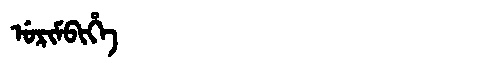
Manchu: ᡠᡵᡳᠮᠪᡳᡥᡝ
Romanization: URIMBIHE